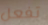
تفعل